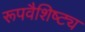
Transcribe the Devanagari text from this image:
रूपवैशिष्ट्य